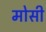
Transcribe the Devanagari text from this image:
मोसी